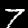
Label: 7